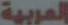
العربية